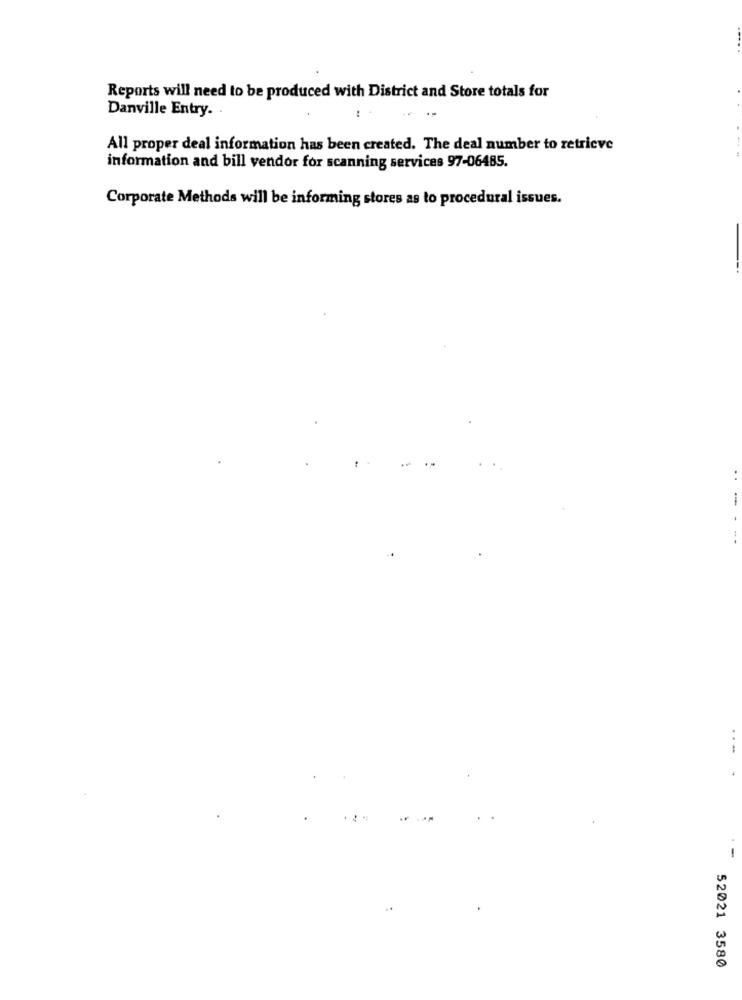
Reports will need to be produced with District and Store totals for
Danville Entry.
All proper deal information has been created. The deal number to retrieve
information and bill vendor for scanning services 97-06485.
Corporate Methods will be informing stores as to procedural issues.
..
-
52021 3580